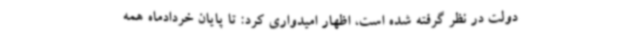
دولت در نظر گرفته شده است، اظهار امیدواری کرد: تا پایان خردادماه همه